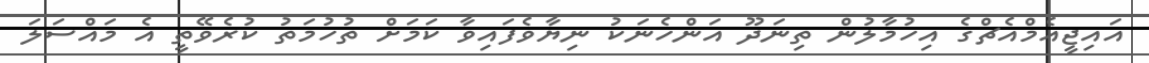
އައިޖީއެމްއެޗްގެ އިހުމާލުން ތިނަދޫ އަންހެނަކު ނިޔާވެފައިވާ ކަމަށް ތުހުމަތު ކުރެވޭތީ އެ މައްސަލަ